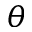
\theta